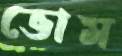
ভোম